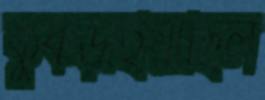
কুঁকড়াইয়াছিল